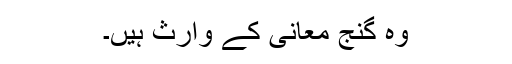
وہ گنجِ معانی کے وارث ہیں۔